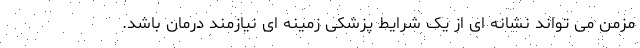
مزمن می تواند نشانه ای از یک شرایط پزشکی زمینه ای نیازمند درمان باشد.